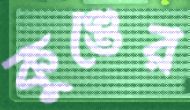
কুণ্ডের